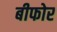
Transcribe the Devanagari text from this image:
बीफोर